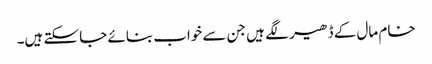
خام مال کے ڈھیر لگے ہیں جن سے خواب بنائے جا سکتے ہیں۔